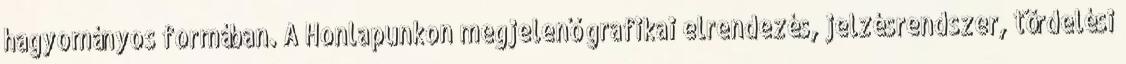
hagyományos formában. A Honlapunkon megjelenő grafikai elrendezés, jelzésrendszer, tördelési